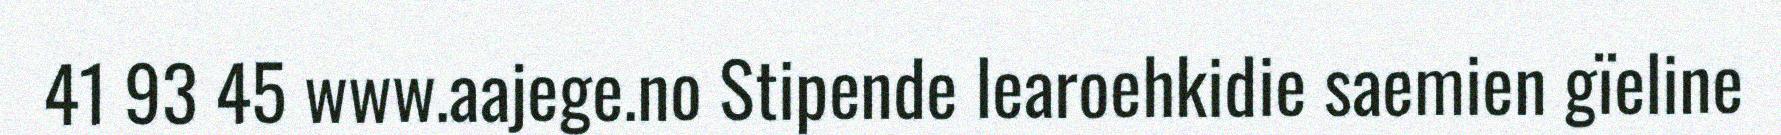
41 93 45 www.aajege.no Stipende learoehkidie saemien gïeline